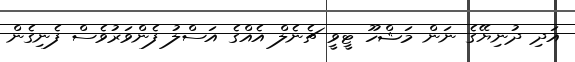
އަދި ދުނިޔޭގެ ނަން މަޝްހޫ ޓީވީ ޗެނެލް އެއްގެ އަސްލު ފެންވަރުވެސް ފެނިގެން